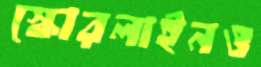
স্কোরলাইনও